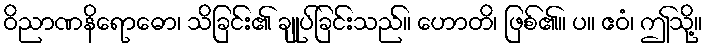
ဝိညာဏနိရောဓော၊ သိခြင်း၏ ချုပ်ခြင်းသည်။ ဟောတိ၊ ဖြစ်၏။ ပ။ ဧဝံ၊ ဤသို့။